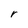
Character: r